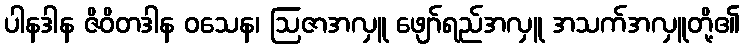
ပါနဒါန ဇိဝိတဒါန ဝသေန၊ ဩဇာအလှူ ဖျော်ရည်အလှူ အသက်အလှူတို့၏